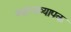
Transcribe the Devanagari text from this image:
व्याप्यव्यापक